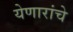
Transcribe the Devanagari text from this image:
येणारांचे